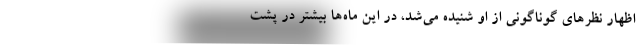
اظهار نظرهای گوناگونی از او شنیده می‌شد، در این ماه‌ها بیشتر در پشت